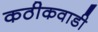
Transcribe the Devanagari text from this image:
कठीकवाडी